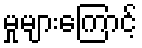
မှုများကြောင့်